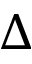
\Delta